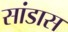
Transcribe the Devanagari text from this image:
सांडास